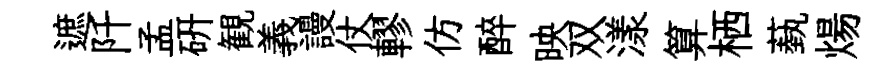
遮阡孟研観義謾仗轇仿醉映双漾算栖蓺煬